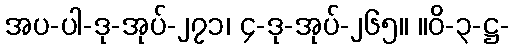
အပ-ပါ-ဒု-အုပ်-၂၇၁၊ ၄-ဒု-အုပ်-၂၆၅။ ။ဝိ-၃-ဋ္ဌ-